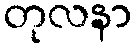
တုလနာ